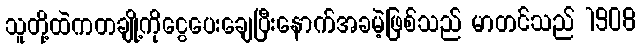
သူတို့ထဲကတချို့ကိုငွေပေးချေပြီးနောက်အခမဲ့ဖြစ်သည် မာတင်သည် 1908